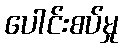
ပေါင်းစပ်မှု